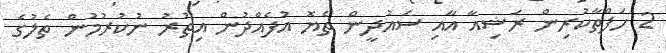
2 ހަފްތާކުރިން ރަޝިއާ އާއި ސައުދީން ތެޔޮ އުފެއްދުން އިތުރު ނުކުރުމުން ތެލުގެ